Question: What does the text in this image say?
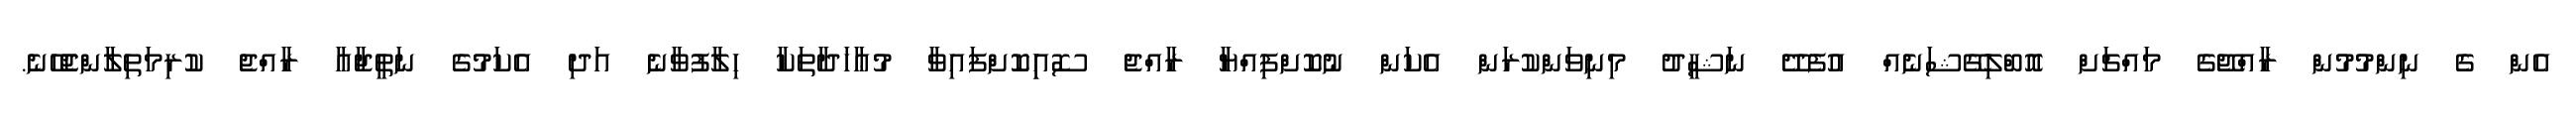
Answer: އެން ގެ ނިންމުމުން ރާއްޖޭގެ މައްޗަށް އޮބްލިގޭޝަނެއް އުފެދޭ ނަޝީދު މިނިވަންކުރަން އެކަން ނުކޮށްފިއްޔާ ރާއްޖެ ސޮއިިކޮށްފައިވާ މުޢާހަދާތަކާ ހިލާފުވާނެ އަދި އެކަމުގެ ނަތީޖާއާ ރާއްޖެ ކުރިމަތިލާންޖެހޭނެ.